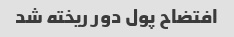
افتضاح پول دور ریخته شد